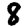
Digit: 8